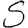
Digit: 5